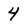
Character: 4